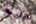
الليلة